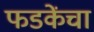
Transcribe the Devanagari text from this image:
फडकेंचा